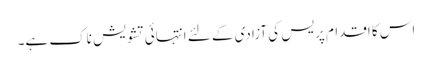
اس کا اقدام پریس کی آزادی کے لئے انتہائی تشویش ناک ہے۔